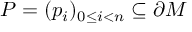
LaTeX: P = ( p _ { i } ) _ { 0 \leq i < n } \subseteq \partial M